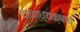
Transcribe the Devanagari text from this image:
दानाध्यक्षाचे